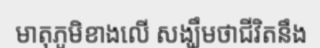
មាតុភូមិខាងលើ សង្ឃឹមថាជីវិតនឹង